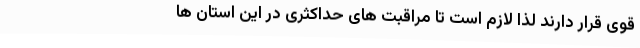
قوی قرار دارند لذا لازم است تا مراقبت های حداکثری در این استان ها